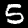
Label: 5